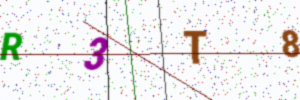
Text: R3T8